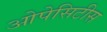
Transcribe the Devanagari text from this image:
ओपेसिटीस